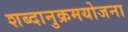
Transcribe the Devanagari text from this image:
शब्दानुक्रमयोजना